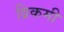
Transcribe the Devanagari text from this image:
व्रिकमी